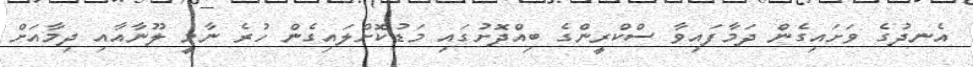
އެނދުގެ ވަށައިގެން ދަމާފައިވާ ސްކްރީންގެ ބިއްދޮށުގައި މަޑުކޮށްލައިގެން ހުރެ ނާމީ ލޫނާއާއި ދިމާއަށް